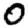
Digit: 0